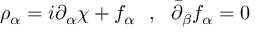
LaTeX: \rho _ { \alpha } = i \partial _ { \alpha } \chi + f _ { \alpha } \ \ , \ \ \bar { \partial } _ { \bar { \beta } } f _ { \alpha } = 0